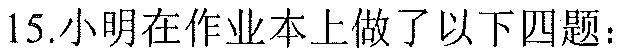
15.小明在作业本上做了以下四题：